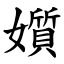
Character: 㜱